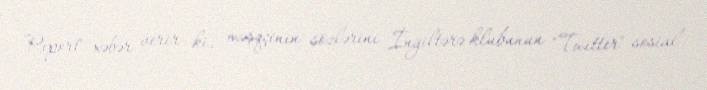
Report" xəbər verir ki, məşqçinin sözlərini İngiltərə klubunun "Twitter" sosial